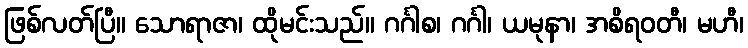
ဖြစ်လတ်ပြီ။ သောရာဇာ၊ ထိုမင်းသည်။ ဂင်္ဂါစ၊ ဂင်္ဂါ၊ ယမုနာ၊ အစိရဝတီ၊ မဟီ၊